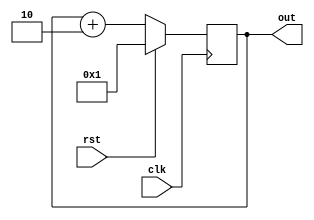
// Design and verify an 8-bit odd counter

module day5 (
    input clk, rst,
    output reg [7:0] out
);
    
    always @(posedge clk) begin
        if (rst) begin
            out <= 1;
        end
        else begin
            out <= out + 2;
        end
    end

endmodule